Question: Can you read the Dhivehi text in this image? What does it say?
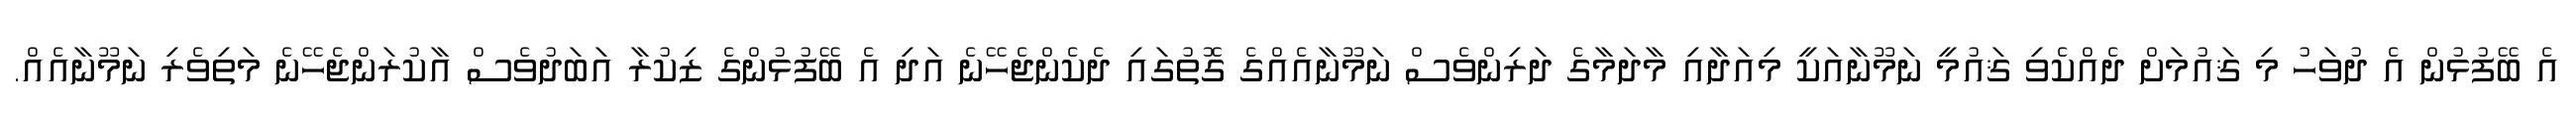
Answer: އެ ބޭފުޅުން އެ ދުވަހު މި ޤައުމަށް ދެއްކެވި ޤައުމީ ނަމޫނާއަކީ މިއަދާއި މާދަމާގެ ދަރިންވެސް ނަމޫނާއެއްގެ ގޮތުގައި ދެކެންޖެހޭނެ އަދި އެ ބޭފުޅުންގެ ޒިކުރާ އަބަދުވެސް އާކުރަންޖެހޭނެ މަތިވެރި ނަމޫނާއެއް.